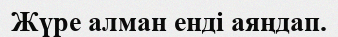
Жүре алман енді аяңдап.